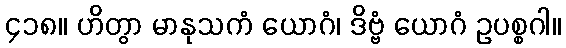
၄၁၈။ ဟိတွာ မာနုသကံ ယောဂံ၊ ဒိဗ္ဗံ ယောဂံ ဥပစ္စဂါ။